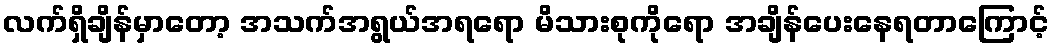
လက်ရှိချိန်မှာတော့ အသက်အရွယ်အရရော မိသားစုကိုရော အချိန်ပေးနေရတာကြောင့်